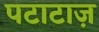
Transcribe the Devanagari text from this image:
पटाटाज़